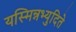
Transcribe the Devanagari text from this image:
यस्मिन्नभ्युदिते